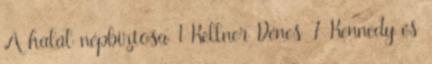
A halál népbiztosa 1 Kellner Dénes 7 Kennedy és